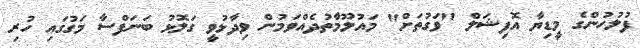
ފުލުހުންގެ މީޑިޔާ އޮފިޝަލް "ވަގުތަށް" މައުލޫމާތުދެއްވަމުން ވިދާޅުވީ ގަލޮޅު ބަނަފްސާ މަގުގައި ހުރި